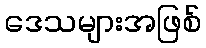
ဒေသများအဖြစ်